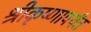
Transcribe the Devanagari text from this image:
श्रीकृष्णापर्यंत